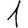
Digit: 1